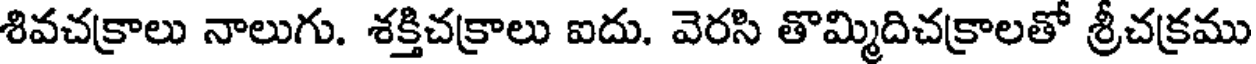
శివచక్రాలు నాలుగు. శక్తిచక్రాలు ఐదు. వెరసి తొమ్మిదిచక్రాలతో శ్రీచక్రము